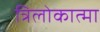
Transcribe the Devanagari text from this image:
त्रिलोकात्मा